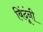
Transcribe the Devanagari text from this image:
बिंदूंनी